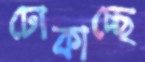
ঢোকাচ্ছে